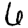
Digit: 6